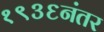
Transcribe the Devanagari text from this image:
१९३६नंतर